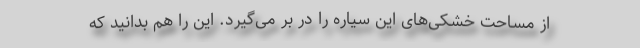
از مساحت خشکی‌های این سیاره را در بر می‌گیرد. این را هم بدانید که